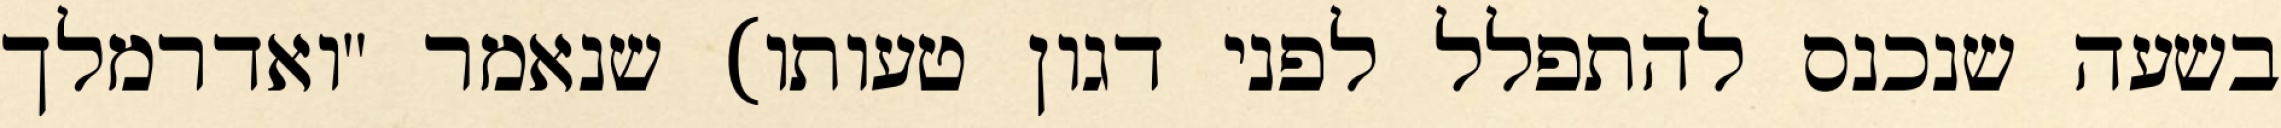
בשעה שנכנס להתפלל לפני דגון טעותו) שנאמר "ואדרמלך